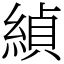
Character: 緽